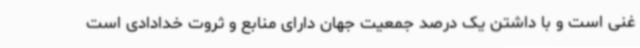
غنی است و با داشتن یک درصد جمعیت جهان دارای منابع و ثروت خدادادی است